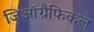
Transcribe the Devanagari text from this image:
जिऑग्रैफिकल